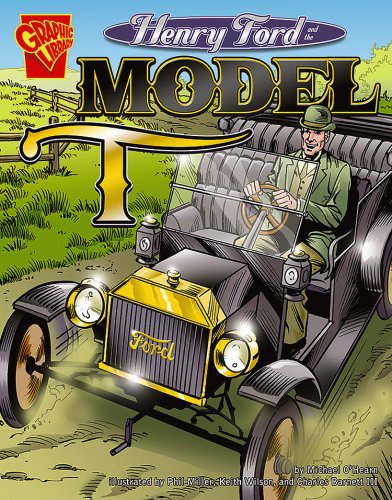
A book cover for Henry Ford and the Model T (Inventions and Discovery); Michael O'Hearn; Children's Books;